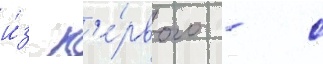
и́з п'е́рвого - с